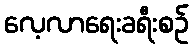
လေ့လာရေးခရီးစဉ်